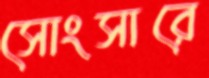
সোংসারে